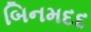
બિનમદદ